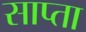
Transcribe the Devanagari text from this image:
साप्ता